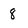
Character: 8